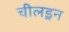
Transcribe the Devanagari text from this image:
चीलड्रन